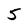
Character: 5